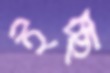
ইচ্ছ